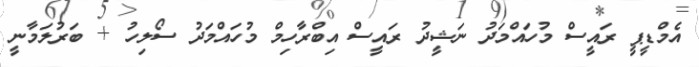
އެމްޑީޕީ ރައީސް މުހައްމަދު ނަޝީދު ރައީސް އިބްރާހިމް މުހައްމަދު ސޯލިހު + ބަރުލަމާނީ